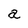
Character: a